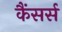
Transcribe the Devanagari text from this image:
कैंसर्स